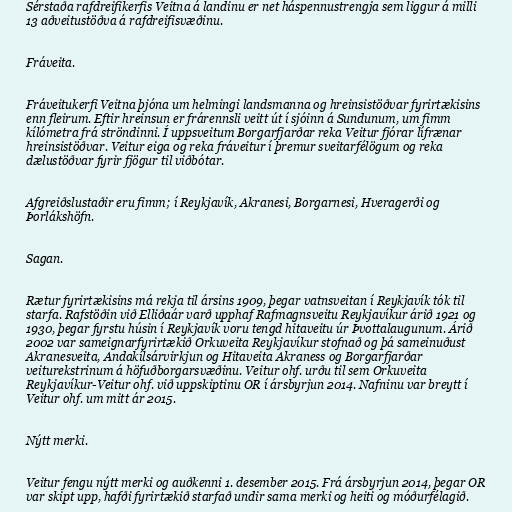
Sérstaða rafdreifikerfis Veitna á landinu er net háspennustrengja sem liggur á milli
13 aðveitustöðva á rafdreifisvæðinu.

Fráveita.

Fráveitukerfi Veitna þjóna um helmingi landsmanna og hreinsistöðvar fyrirtækisins
enn fleirum. Eftir hreinsun er frárennsli veitt út í sjóinn á Sundunum, um fimm
kílómetra frá ströndinni. Í uppsveitum Borgarfjarðar reka Veitur fjórar lífrænar
hreinsistöðvar. Veitur eiga og reka fráveitur í þremur sveitarfélögum og reka
dælustöðvar fyrir fjögur til viðbótar.

Afgreiðslustaðir eru fimm; í Reykjavík, Akranesi, Borgarnesi, Hveragerði og
Þorlákshöfn.

Sagan.

Rætur fyrirtækisins má rekja til ársins 1909, þegar vatnsveitan í Reykjavík tók til
starfa. Rafstöðin við Elliðaár varð upphaf Rafmagnsveitu Reykjavíkur árið 1921 og
1930, þegar fyrstu húsin í Reykjavík voru tengd hitaveitu úr Þvottalaugunum. Árið
2002 var sameignarfyrirtækið Orkuveita Reykjavíkur stofnað og þá sameinuðust
Akranesveita, Andakílsárvirkjun og Hitaveita Akraness og Borgarfjarðar
veiturekstrinum á höfuðborgarsvæðinu. Veitur ohf. urðu til sem Orkuveita
Reykjavíkur-Veitur ohf. við uppskiptinu OR í ársbyrjun 2014. Nafninu var breytt í
Veitur ohf. um mitt ár 2015.

Nýtt merki.

Veitur fengu nýtt merki og auðkenni 1. desember 2015. Frá ársbyrjun 2014, þegar OR
var skipt upp, hafði fyrirtækið starfað undir sama merki og heiti og móðurfélagið.